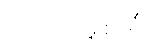
သလိလမ္ဗုစာရီ